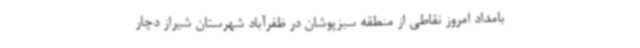
بامداد امروز نقاطی از منطقه سبزپوشان در ظفرآباد شهرستان شیراز دچار